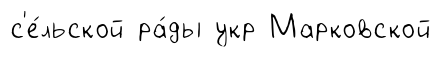
с'е́льской ра́ды укр Марковской